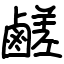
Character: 鹺